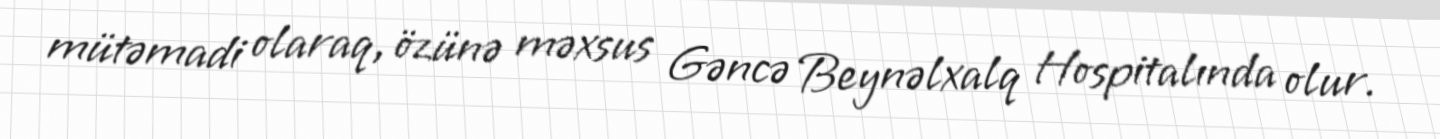
mütəmadi olaraq, özünə məxsus Gəncə Beynəlxalq Hospitalında olur.